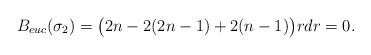
LaTeX: \begin{align*}B_{euc} (\sigma_2) = \big( 2n - 2(2n-1) + 2(n-1)\big) r dr = 0.\end{align*}